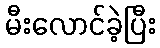
မီးလောင်ခဲ့ပြီး